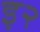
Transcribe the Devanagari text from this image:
इ२